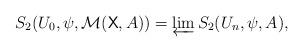
LaTeX: \begin{align*}S_2(U_0,\psi,\mathcal{M}(\mathsf{X},A))=\varprojlim S_2(U_n,\psi,A),\end{align*}